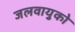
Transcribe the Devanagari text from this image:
जलवायुको